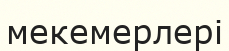
мекемерлері